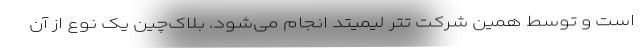
است و توسط همین شرکت تتر لیمیتد انجام می‌شود. بلاک‌چین یک نوع از آن